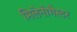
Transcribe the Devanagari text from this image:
मिलेनोगैस्टर